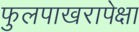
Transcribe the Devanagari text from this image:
फुलपाखरापेक्षा